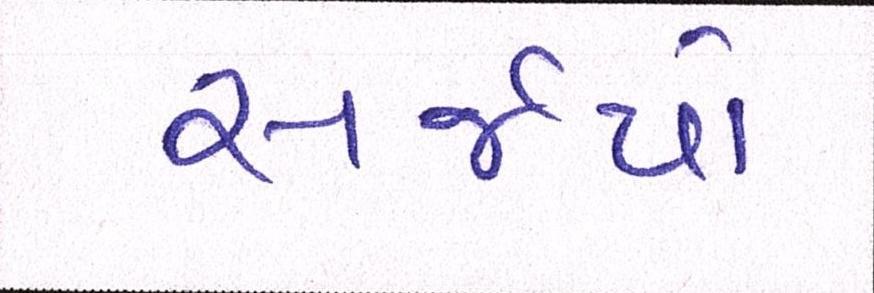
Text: સર્જયો